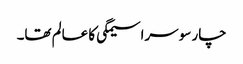
چار سو سراسیمگی کا عالم تھا۔